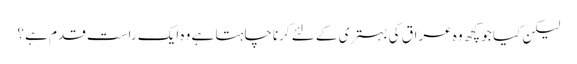
لیکن کیا جو کچھ وہ عراق کی بہتری کے لئے کرناچاہتا ہے وہ ایک راست قدم ہے ؟